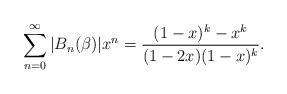
LaTeX: \begin{align*}\sum_{n=0}^\infty |B_n(\beta)| x^n = \frac{(1-x)^k-x^k}{(1-2x)(1-x)^k}.\end{align*}